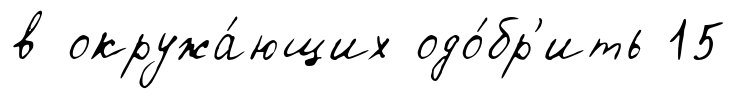
в окружа́ющих одо́бр'ить 15